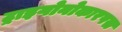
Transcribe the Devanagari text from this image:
ट्राइगोनोकारपस